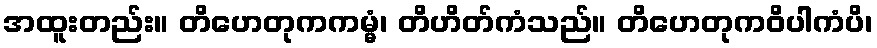
အထူးတည်း။ တိဟေတုကကမ္မံ၊ တိဟိတ်ကံသည်။ တိဟေတုကဝိပါကံပိ၊